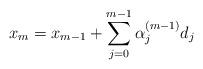
LaTeX: \begin{align*}x_{m}=x_{m-1}+\sum_{j=0}^{m-1}\alpha_j^{(m-1)}d_j\end{align*}